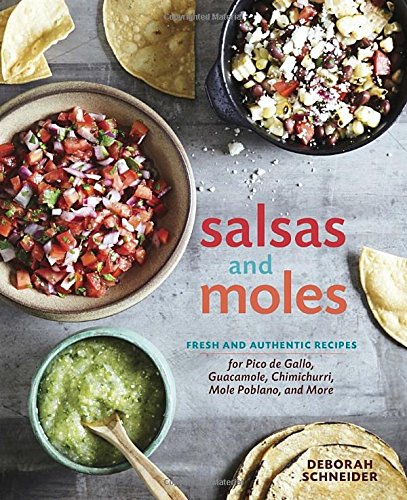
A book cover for Salsas and Moles: Fresh and Authentic Recipes for Pico de Gallo, Mole Poblano, Chimichurri, Guacamole, and More; Deborah Schneider; Cookbooks, Food & Wine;